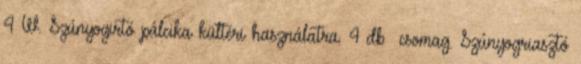
4 W. Szúnyogirtó pálcika kültéri használatra. 4 db csomag. Szúnyogriasztó